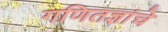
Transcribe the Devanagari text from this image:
गणितज्ञांचे